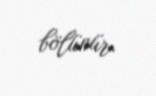
bölünür.